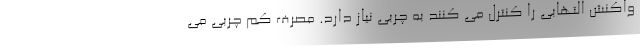
واکنش التهابی را کنترل می کنند به چربی نیاز دارد. مصرف کم چربی می